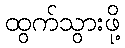
ထွက်သွားဖို့